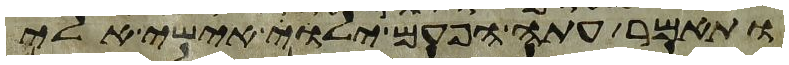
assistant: ותאמר עתה הפעם ילוה אישי אלי